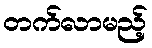
တက်လာမည့်